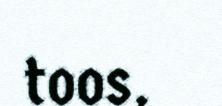
toos,